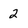
Character: 2